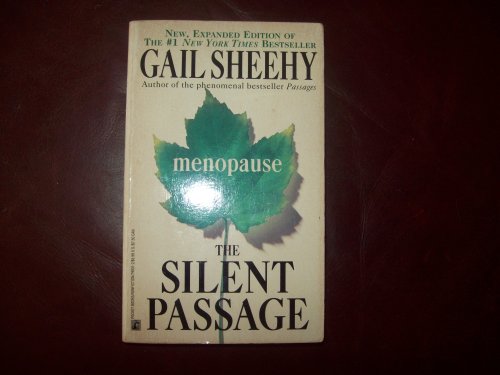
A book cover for The Silent Passage; Gail Sheehy; Health, Fitness & Dieting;